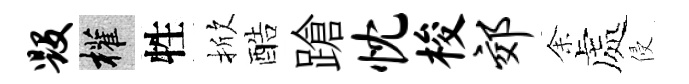
毁權牲掀酷蹌忱梭郊𪜬處侵